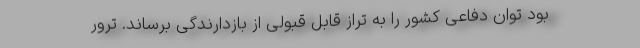
بود توان دفاعی کشور را به تراز قابل قبولی از بازدارندگی برساند. ترور